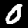
Digit: 0